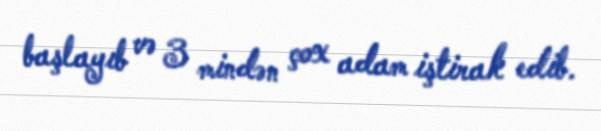
başlayıb və 3 mindən çox adam iştirak edib.